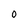
Character: O